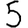
Digit: 5